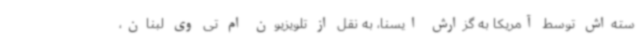
سته‌اش توسط آمریکا به گزارش ایسنا، به نقل از تلویزیون ام تی وی لبنان،